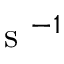
\mathrm { ~ s ~ } ^ { - 1 }